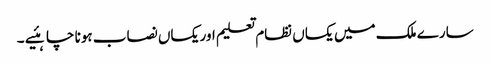
سارے ملک میں یکساں نظام تعلیم اور یکساں نصاب ہونا چاہئیے ۔